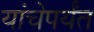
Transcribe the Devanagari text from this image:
यांचेपर्यंत